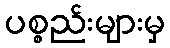
ပစ္စည်းများမှ